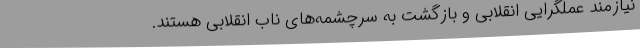
نیازمند عملگرایی انقلابی و بازگشت به سرچشمه‌های ناب انقلابی هستند.